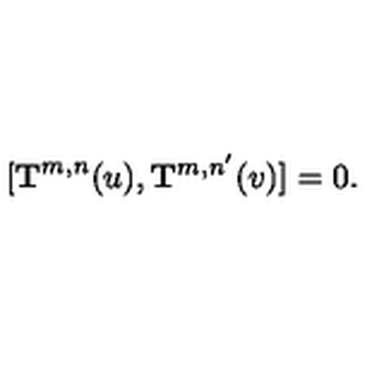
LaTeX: [ { \bf T } ^ { m , n } ( u ) , { \bf T } ^ { m , n ^ { \prime } } ( v ) ] = 0 .